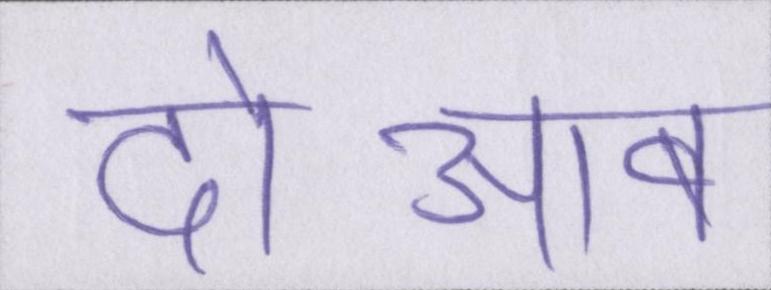
दोआब